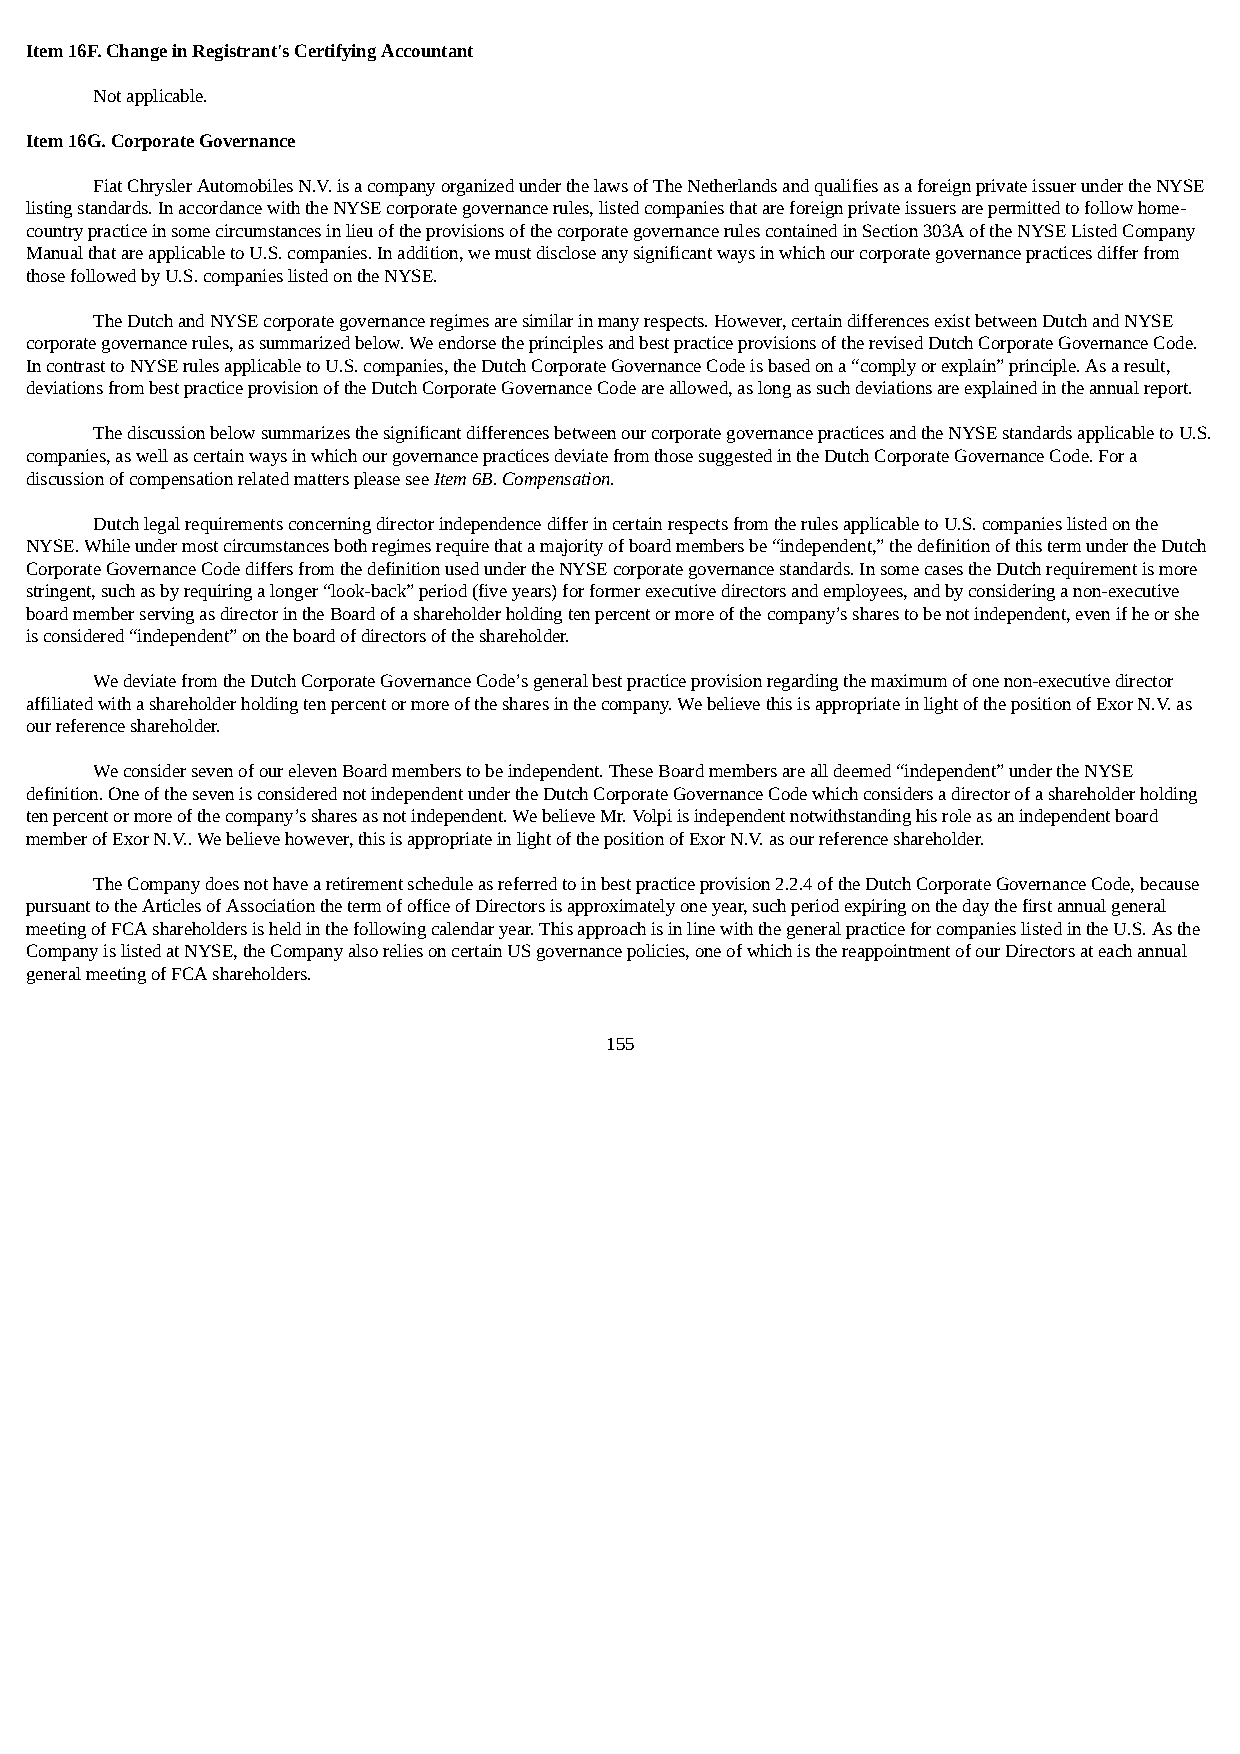
Item 16F. Change in Registrant's Certifying Accountant
 Not applicable.
 Item 16G. Corporate Governance
 Fiat Chrysler Automobiles N.V. is a company organized under the laws of The Netherlands and qualifies as a foreign private issuer under the NYSE
 listing standards. In accordance with the NYSE corporate governance rules, listed companies that are foreign private issuers are permitted to follow home-
 country practice in some circumstances in lieu of the provisions of the corporate governance rules contained in Section 303A of the NYSE Listed Company
 Manual that are applicable to U.S. companies. In addition, we must disclose any significant ways in which our corporate governance practices differ from
 those followed by U.S. companies listed on the NYSE.
 The Dutch and NYSE corporate governance regimes are similar in many respects. However, certain differences exist between Dutch and NYSE
 corporate governance rules, as summarized below. We endorse the principles and best practice provisions of the revised Dutch Corporate Governance Code.
 In contrast to NYSE rules applicable to U.S. companies, the Dutch Corporate Governance Code is based on a “comply or explain” principle. As a result,
 deviations from best practice provision of the Dutch Corporate Governance Code are allowed, as long as such deviations are explained in the annual report.
 The discussion below summarizes the significant differences between our corporate governance practices and the NYSE standards applicable to U.S.
 companies, as well as certain ways in which our governance practices deviate from those suggested in the Dutch Corporate Governance Code. For a
 discussion of compensation related matters please see Item 6B. Compensation.
 Dutch legal requirements concerning director independence differ in certain respects from the rules applicable to U.S. companies listed on the
 NYSE. While under most circumstances both regimes require that a majority of board members be “independent,” the definition of this term under the Dutch
 Corporate Governance Code differs from the definition used under the NYSE corporate governance standards. In some cases the Dutch requirement is more
 stringent, such as by requiring a longer “look-back” period (five years) for former executive directors and employees, and by considering a non-executive
 board member serving as director in the Board of a shareholder holding ten percent or more of the company’s shares to be not independent, even if he or she
 is considered “independent” on the board of directors of the shareholder.
 We deviate from the Dutch Corporate Governance Code’s general best practice provision regarding the maximum of one non-executive director
 affiliated with a shareholder holding ten percent or more of the shares in the company. We believe this is appropriate in light of the position of Exor N.V. as
 our reference shareholder.
 We consider seven of our eleven Board members to be independent. These Board members are all deemed “independent” under the NYSE
 definition. One of the seven is considered not independent under the Dutch Corporate Governance Code which considers a director of a shareholder holding
 ten percent or more of the company’s shares as not independent. We believe Mr. Volpi is independent notwithstanding his role as an independent board
 member of Exor N.V.. We believe however, this is appropriate in light of the position of Exor N.V. as our reference shareholder.
 The Company does not have a retirement schedule as referred to in best practice provision 2.2.4 of the Dutch Corporate Governance Code, because
 pursuant to the Articles of Association the term of office of Directors is approximately one year, such period expiring on the day the first annual general
 meeting of FCA shareholders is held in the following calendar year. This approach is in line with the general practice for companies listed in the U.S. As the
 Company is listed at NYSE, the Company also relies on certain US governance policies, one of which is the reappointment of our Directors at each annual
 general meeting of FCA shareholders.
 155